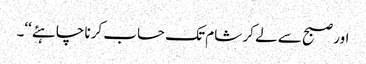
اور صبح سے لے کر شام تک حساب کرنا چاہئے‘‘۔